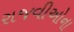
રાજવીઓના